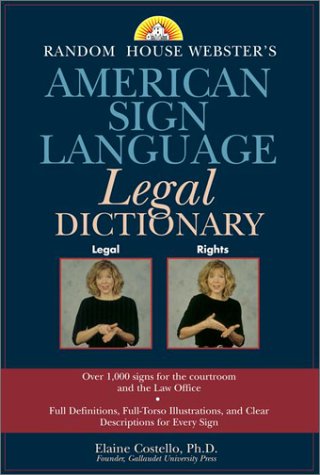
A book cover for Random House Webster's American Sign Language Legal Dictionary; Elaine Costello; Law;